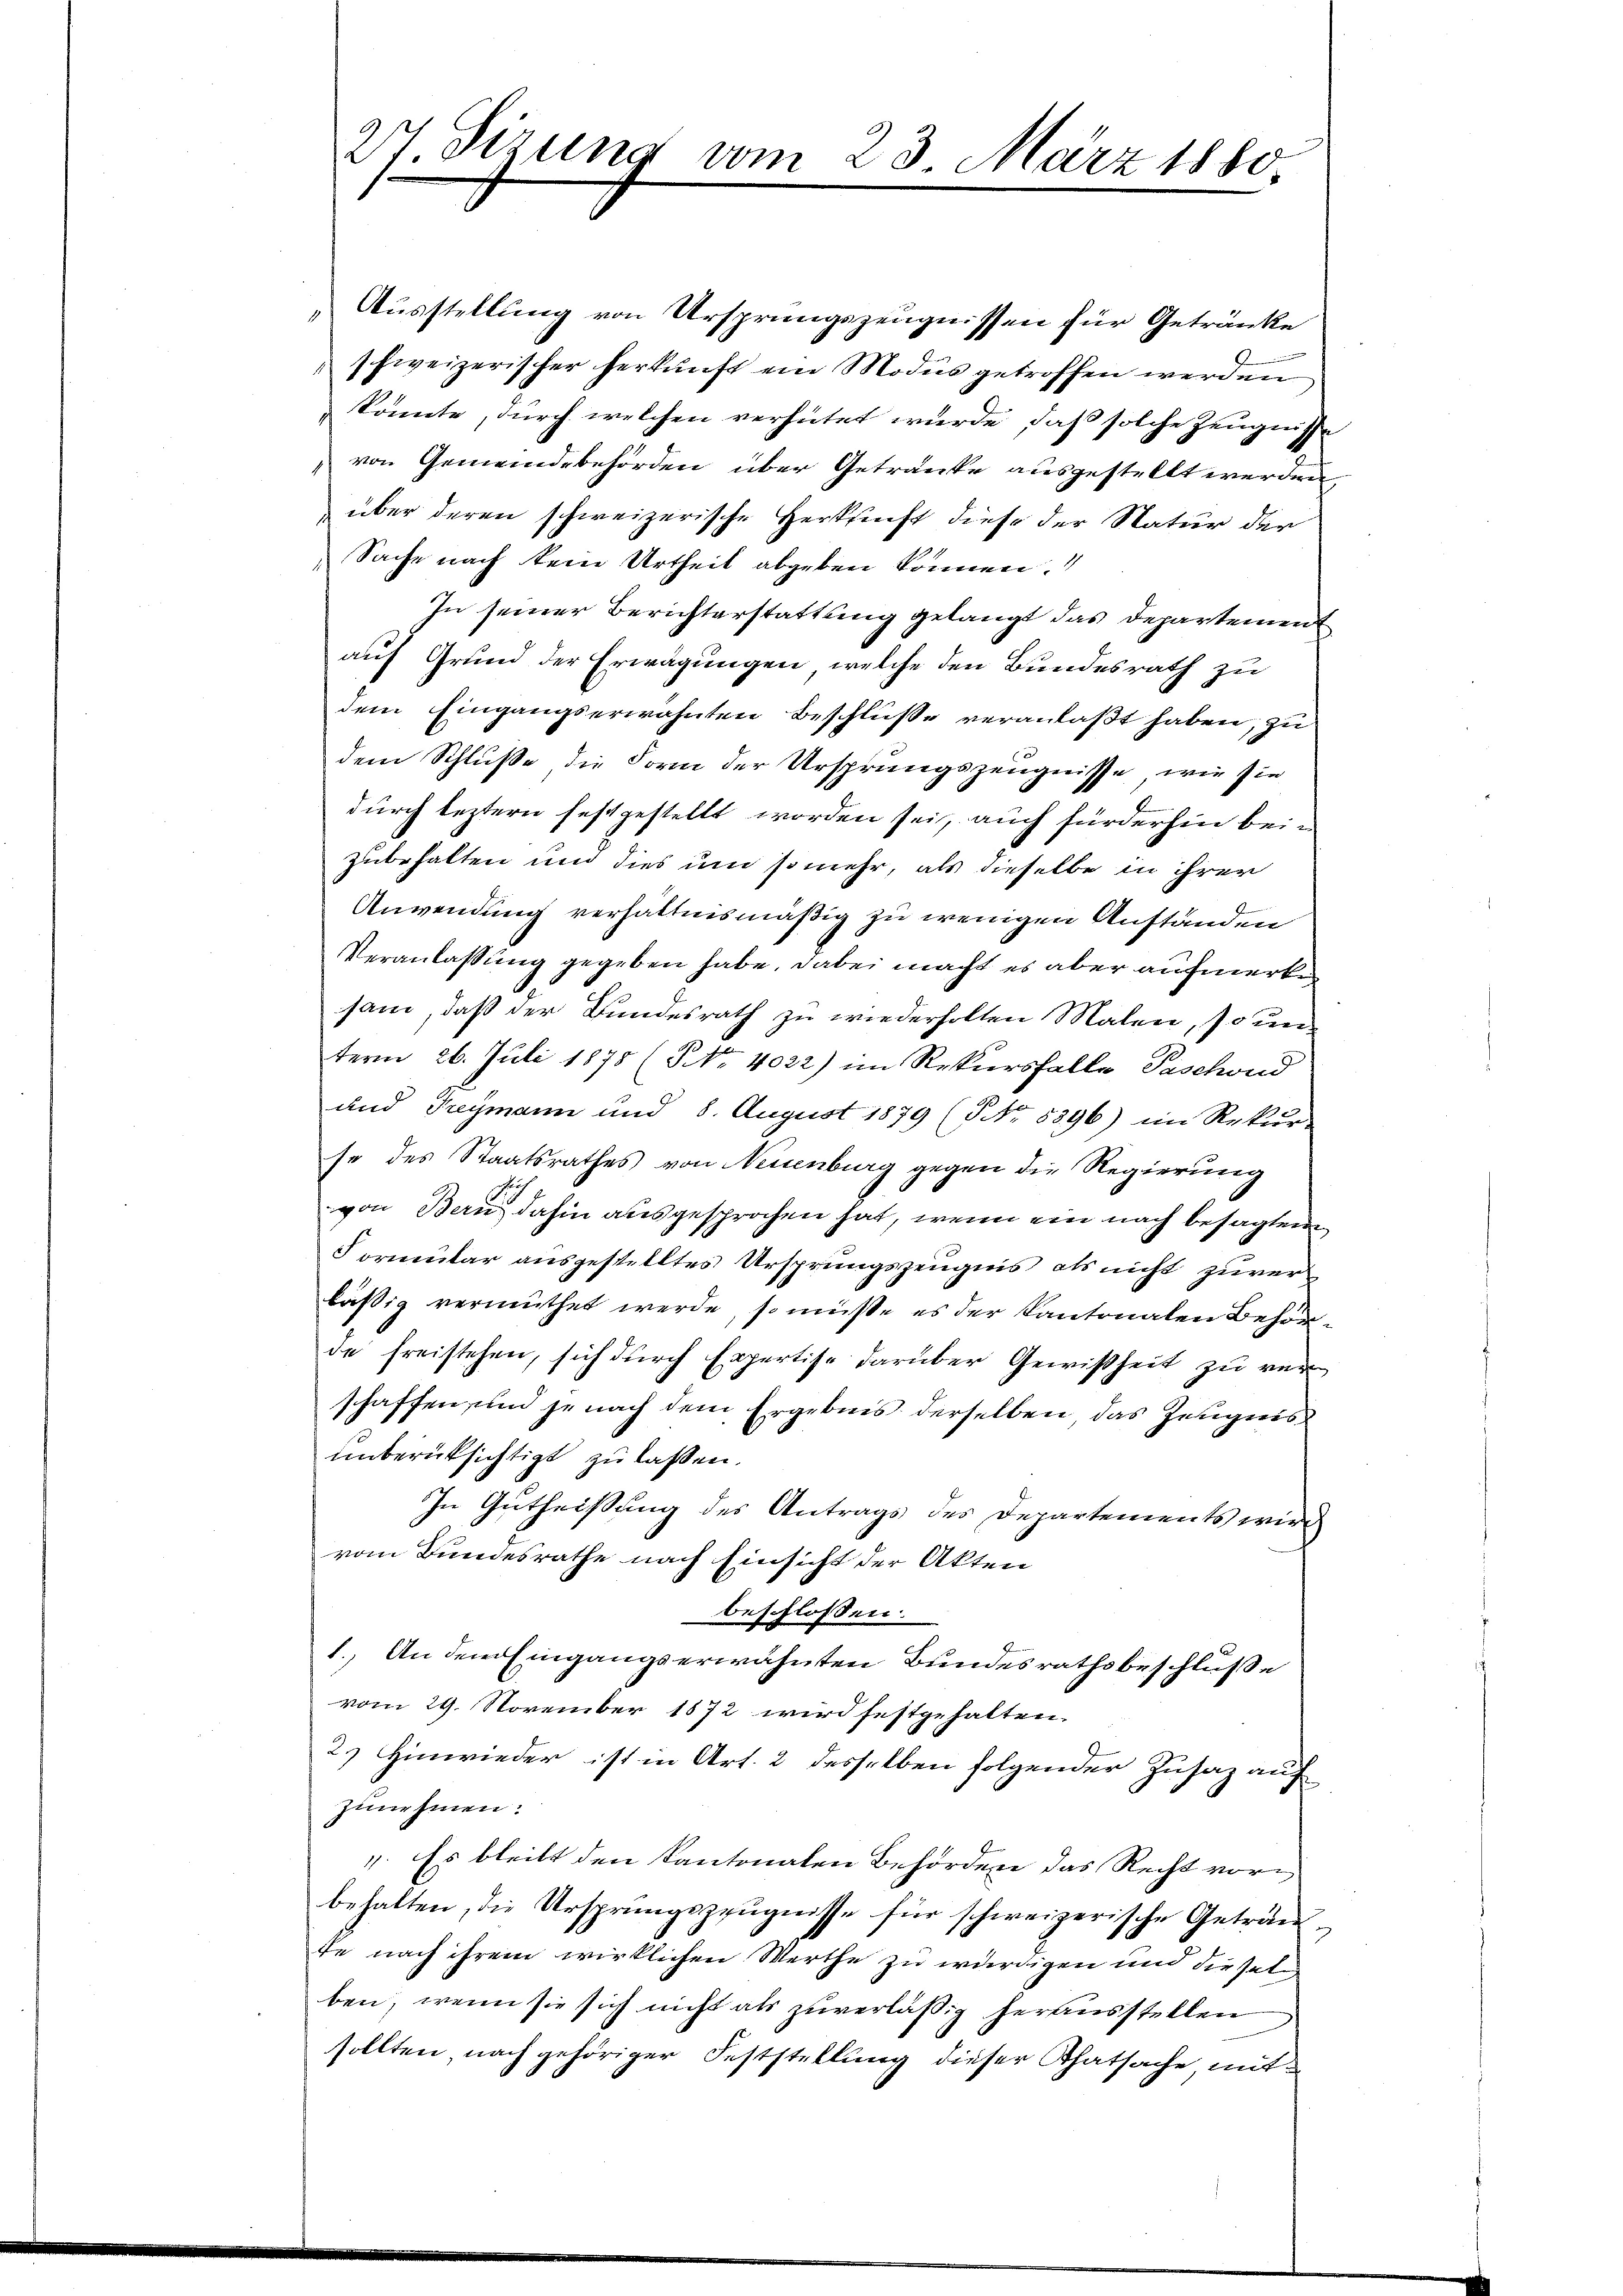
2t Sizung vom 23. März 1880

Ausstellung von Ursprungszeugnissen für Getränke
schweizerischer herkŭnft ein Modus getroffen werden
könnte, durch welchen verhütet wurde, daß solche Zeugnisse
von Gemeindebehörden über Getränke ausgestellt werden,
über deren schweizerische Herkunft diese der Natur der
Sache nach kein Urtheil abgeben können.
In seiner Berichterstattung gelangt das Departement
auf Grund der Erwägungen, welche den Bundesrath zu
dem Eingangserwähnten Beschluße veranlaßt haben, zu
dem Schluße die Form der Ursprungszeugnisse, wie sie
durch leztern festgestellt worden sei, auch fürderhin bei i
zubehalten und dies um so mehr, als dieselbe in ihrer
Anwendung verhältnismäßig zu wenigen Anständen
Veranlassung gegeben habe, dabei macht es aber aufmerke
sam, daß der Bundesrath zu wiederholten Malen, so unterm 26. Juli 1875 (NNo. 4022) im Rekursfalle Tischond
und Freymann und 8. August 1879 (NNo. 5396) im Rekur-
se des Staatsrathes von Neuenburg gegen die Regierung
von Bern, dahin ausgesprochen hat, wenn ein nach besagten
Formular ausgestelltes Ursprungszeugnis als nicht zuverläßig vermuthet werde, so müsse es der Kantonalen Behörde freistehen, sich durch Expertise darüber Gewißheit zu verschaffen, und je nach dem Ergebnis derselben, das Zeugnis
unberüksichtigt zu lassen.
In Gutheissung des Antrags des Departements wird
vom Bundesrathe nach Einsicht der Akten
beschlossen:
1. An dem Eingangserwähnten Bundesrathsbeschluße
vom 29. November 1872 wird festgehalten.
2.) Hinwieder ist in Art. 2 desselben folgender Zusaz auf
zunehmen.
4. Es bleibt den kantonalen Behörden das Recht vorbehalten, die Ursprungszeugnisse für schweizerische Geträute nach ihrem wirklichen Werthe zu würdigen und dieselben, wenn sie sich nicht als zuverläßig herausstellen
sollten nach gehöriger Feststellung dieser Thatsache, mit¬